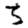
Digit: 3